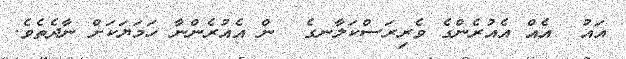
އައު  އެއް އެއުރެންގެ ވެރިރަސްކަލާނގެ  ން އެއުރެންނާ ހަމަޔަކަށް ނާދެތެވެ.